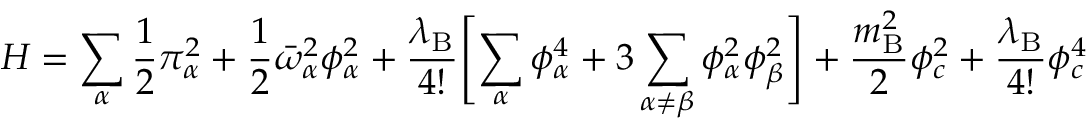
H = \sum _ { \alpha } \frac { 1 } { 2 } \pi _ { \alpha } ^ { 2 } + \frac { 1 } { 2 } \bar { \omega } _ { \alpha } ^ { 2 } \phi _ { \alpha } ^ { 2 } + \frac { \lambda _ { \mathrm { B } } } { 4 ! } \Biggl [ \sum _ { \alpha } \phi _ { \alpha } ^ { 4 } + 3 \sum _ { \alpha \neq \beta } \phi _ { \alpha } ^ { 2 } \phi _ { \beta } ^ { 2 } \Biggr ] + \frac { m _ { \mathrm { B } } ^ { 2 } } { 2 } \phi _ { c } ^ { 2 } + \frac { \lambda _ { \mathrm { B } } } { 4 ! } \phi _ { c } ^ { 4 }